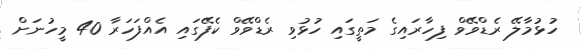
ހުޅުމާލޭ ރެޑްވޭވް ފިހާރައިގެ މަތީގައި ހުޅުވި ރެޑްވޭވް ކެފޭގައި އެއްފަހަރާ 40 މީހުނަށް